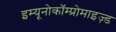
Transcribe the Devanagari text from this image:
इम्यूनोकॉम्प्रोमाइज़्ड